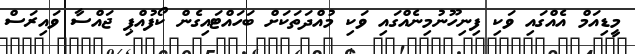
މީޑިއަމް އެއްގައި ވަކި ފިނިހޫނުމިނެއްގައި ވަކި މުއްދަތަކަށް ބަހައްޓައިގެން ކޯފުއްޕި ޖައްސާ ވައިރަސް